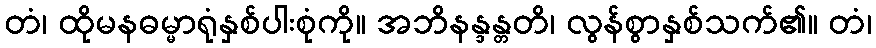
တံ၊ ထိုမနဓမ္မာရုံနှစ်ပါးစုံကို။ အဘိနန္ဒန္တတိ၊ လွန်စွာနှစ်သက်၏။ တံ၊